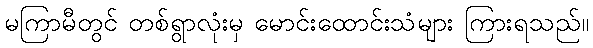
မကြာမီတွင် တစ်ရွာလုံးမှ မောင်းထောင်းသံများ ကြားရသည်။